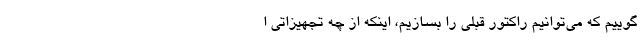
‌گوییم که می‌توانیم راکتور قبلی را بسازیم، اینکه از چه تجهیزاتی ا